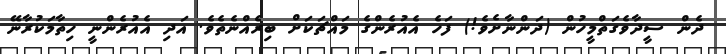
ދެން ސީދާވެގަތްމީހުން (ދަންނާށެވެ!) ފަހެ އެއުރެންގެ މައްޗަކަށް ބިރެއްނެތެވެ. އަދި އެއުރެންނީ ހިތާމަކުރާނޭ